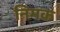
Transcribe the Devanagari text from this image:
निमक